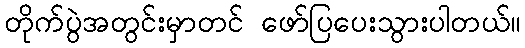
တိုက်ပွဲအတွင်းမှာတင် ဖော်ပြပေးသွားပါတယ်။